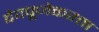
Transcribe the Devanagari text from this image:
देवपूजेकरता